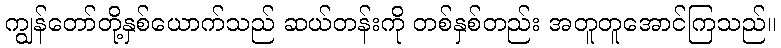
ကျွန်တော်တို့နှစ်ယောက်သည် ဆယ်တန်းကို တစ်နှစ်တည်း အတူတူအောင်ကြသည်။